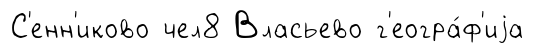
С'енн'иково чел8 Власьево г'еогра́ф'иjа